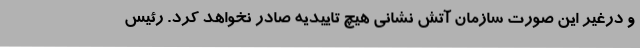
و درغیر این صورت سازمان آتش نشانی هیچ تاییدیه صادر نخواهد کرد. رئیس